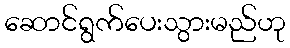
ဆောင်ရွက်ပေးသွားမည်ဟု